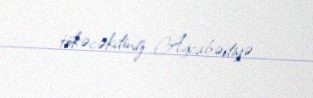
tökəcəkdiniz Ağcabədiyə.